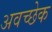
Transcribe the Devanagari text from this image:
अवच्छेक